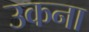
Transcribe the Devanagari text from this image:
उकना